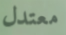
معتدل